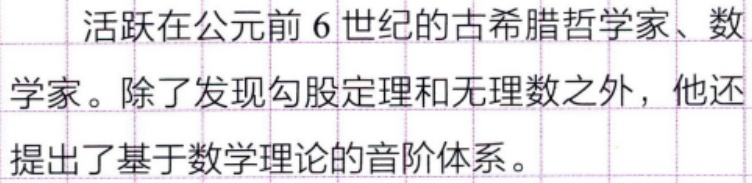
活跃在公元前 6 世纪的古希腊哲学家、数学家。除了发现勾股定理和无理数之外，他还提出了基于数学理论的音阶体系。